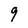
Character: 9